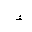
Letter: _hamza